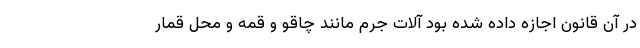
در آن قانون اجازه داده شده بود آلات جرم مانند چاقو و قمه و محل قمار